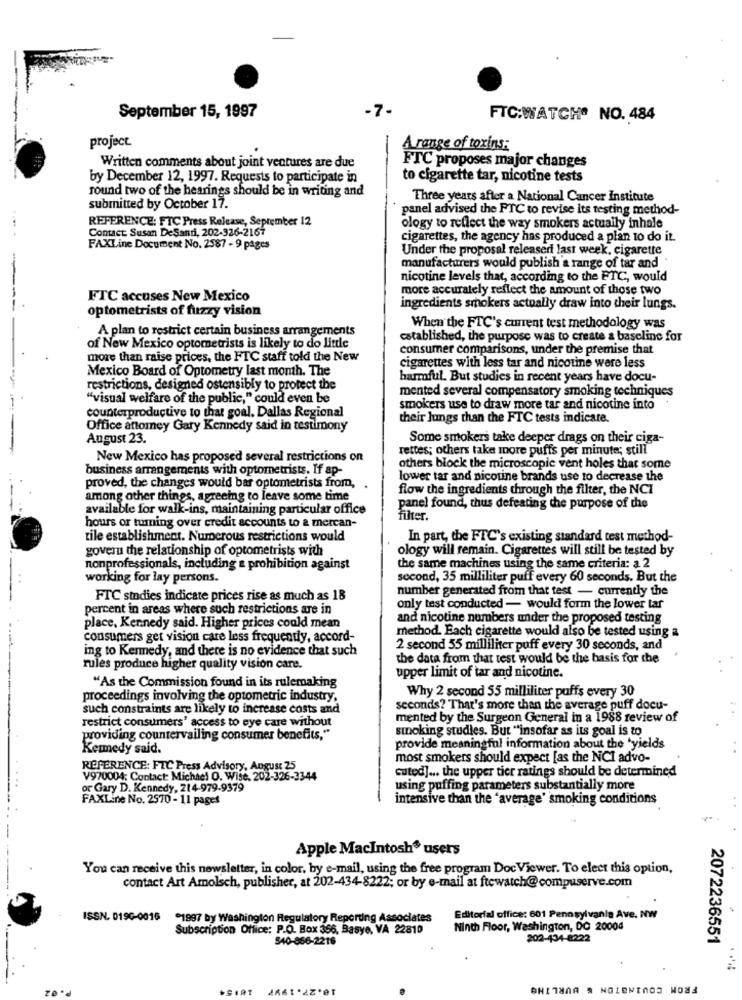
September 15, 1997
-7-
FTC:WATCH® NO. 484
project
A range of toxins:
FTC proposes major changes
Written comments about joint ventures are due
by December 12, 1997. Requests to participate in
to cigarette tar, nicotine tests
round two of the hearings should be in writing and
Three years after a National Cancer Institute
submitted by October 17.
panel advised the FTC to revise its testing method-
REFERENCE: FTC Press Release, September 12
Contact: Susan DeSandi, 202-326-2167
ology to reflect the way smokers actually inhale
cigarettes, the agency has produced a plan 10 do it.
FAXLine Document No. 2587 - 9 pages
Under the proposal releaseri last week, cigarette
-
manufacturers would publish a range of tar and
nicotine levels that, according to the FTC, would
more accurately reflect the amount of those two
FTC accuses New Mexico
optometrists of fuzzy vision
ingredients smokers actually draw into their lungs.
A plan to restrict certain business arrangements
When the FTC's current test methodology was
established, the purpose was to create a baseline for
of New Mexico optometrists is likely to do little
consumer comparisons, under the premise that
more than raise prices, the FTC staff told the New
Mexico Board of Optometry last month. The
cigarettes with less tar and nicotine were less
harmful. But studies in recent years have docu-
restrictions, designed ostensibly to protect the
mented several compensatory smoking techniques
"visual welfare of the public," could even be
smokers use to draw more tar and nicotine into
counterproductive to that goal. Dallas Regional
their Jungs than the FTC tests indicare.
Office attomey Gary Kennedy said in testimony
August 23.
Some smokers take deeper drags on their ciga-
rettes; others take more puffs per minute; still
New Mexico has proposed several restrictions on
business arrangements with optometrists. If ap-
others block the microscopic vent holes that some
lower tar and nicotine brands use to decrease the
proved, the changes would bar optometrists from,
flow the ingredients through the filter, the NCI
among other things, agreeing to leave some time
available for walk-ins, maintaining particular office
panel found, thus defeating the purpose of the
filter.
hours or turning over credit accounts to a mercan-
tile establishment. Numerous restrictions would
In part, the FTC's existing standard test method-
govern the relationship of optometrists with
ology will remain. Cigarettes will still be tested by
nonprofessionals, including & prohibition against
the same machines using the same criteria: a 2
working for lay persons.
second, 35 milliliter puff every 60 seconds. But the
number generated from that test - currently the
FTC studies indicate prices rise as much as 18
percent in areas where such restrictions are in
only test conducted - would form the lower tar
and nicotine numbers under the proposed testing
place, Kennedy said. Higher prices could mean
method. Each cigarette would also be tested using a
consumers get vision care less frequently, accord-
ing to Kennedy, and there is no evidence that such
2 second 55 milliliter puff every 30 seconds, and
the data from that test would be the basis for the
rules produce higher quality vision care.
upper limit of tar and nicotine.
"As the Commission found in its rulemaking
Why 2 second 55 milliliter puffs every 30
proceedings involving the optometric industry,
such constraints are likely to increase costs and
seconds? That's more than the average puff docu-
restrict consumers' access to eye care without
mented by the Surgeon General in a 1988 review of
smoking studies. But "insofar as its goal is to
providing countervailing consumer benefits,"
Kemedy said.
provide meaningful information about the 'yields
most smokers should expect [as the NCI advo-
REFERENCE: FTC Press Advisory, August 25
cuted] ... the upper tier ratings should be determined
V970004; Contact: Michael O. Wise, 202-326-3344
or Gary D. Kennedy, 214-979-9379
using puffing parameters substantially more
FAXLine No. 2570 - 11 pages
intensive than the "average' smoking conditions
Apple Macintosh® users
You can receive this newsletter, in color, by e-mail, using the free program Doc Viewer. To elect this option,
contact Art Amolsch, publisher, at 202-434-8222; or by e-mail at ftewatch@compuserve.com
ISSN. 019G-0016
*1997 by Washington Regulatory Reporting Associates
Editorial office: 601 Pennsylvania Ave. NW
Subscription Office: P.O. Box 356, Basye, VA 22810
Ninth Floor, Washington, DC 20004
540-866-2216
202-434-8222
2072236551
10.27.1997
FROM COVINGTON & BURLTHE